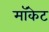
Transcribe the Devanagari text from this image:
मॉकेट